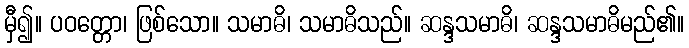
မှီ၍။ ပဝတ္တော၊ ဖြစ်သော။ သမာဓိ၊ သမာဓိသည်။ ဆန္ဒသမာဓိ၊ ဆန္ဒသမာဓိမည်၏။